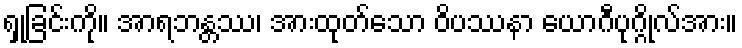
ရှုခြင်းကို။ အာရဘန္တဿ၊ အားထုတ်သော ဝိပဿနာ ယောဂီပုဂ္ဂိုလ်အား။